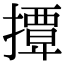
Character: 𢶁